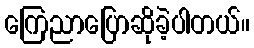
ကြေညာပြောဆိုခဲ့ပါတယ်။